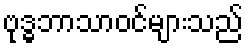
ဗုဒ္ဓဘာသာဝင်များသည်